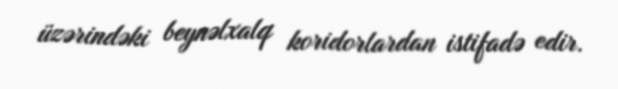
üzərindəki beynəlxalq koridorlardan istifadə edir.